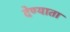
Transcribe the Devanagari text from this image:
देण्याता